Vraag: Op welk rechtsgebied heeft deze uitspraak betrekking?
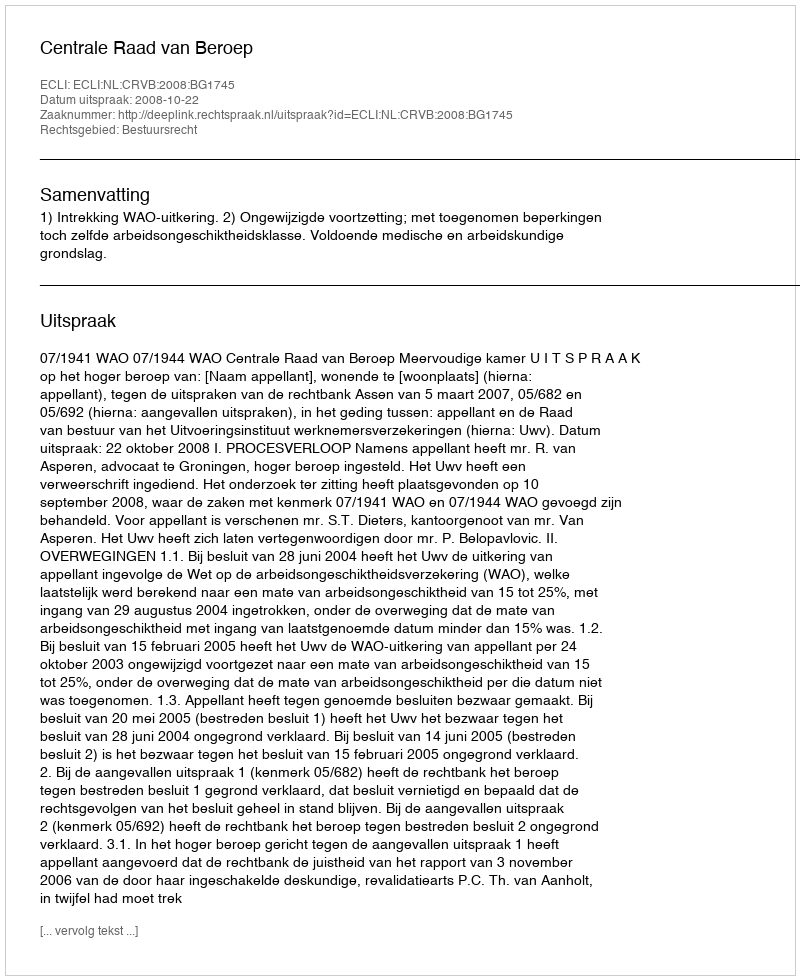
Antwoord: Bestuursrecht